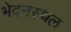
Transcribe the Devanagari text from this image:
भेदनस्थल